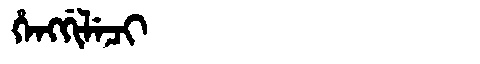
Manchu: ᡥᡝᠩᡤᡳᠯᡝᠴᡳ
Romanization: HENGGILECI